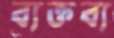
ব্যক্তব্য